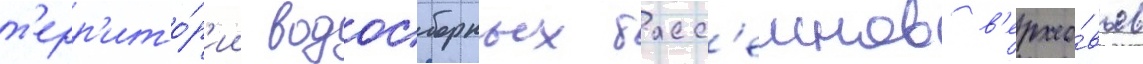
т'ерр'ито́р'ии водосборных басс'еинов в'ерхо́вьев